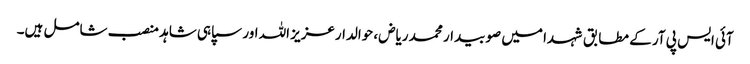
آئی ایس پی آر کے مطابق شہدا میں صوبیدار محمد ریاض، حوالدارعزیز اللہ اور سپاہی شاہد منصب شامل ہیں۔